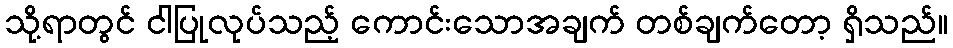
သို့ရာတွင် ငါပြုလုပ်သည့် ကောင်းသောအချက် တစ်ချက်တော့ ရှိသည်။